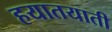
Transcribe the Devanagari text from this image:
हयातयाती